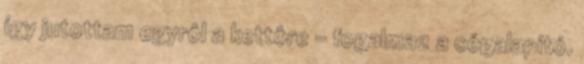
így jutottam egyrôl a kettôre – fogalmaz a cégalapító.